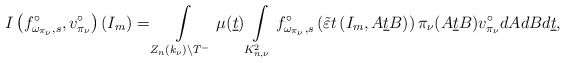
\begin{align*}I\left(f_{\omega_{\pi_\nu},s}^\circ,v^\circ_{\pi_{\nu}}\right)(I_m)=\int\limits _{Z_n(k_\nu)\backslash T^-}\mu(\underline{t}) \int\limits_{K_{n,\nu}^2}f_{\omega_{\pi_\nu},s}^\circ\left(\tilde{\varepsilon} t\left(I_m,A\underline{t}B\right)\right)\pi_{\nu}(A\underline{t}B)v^\circ_{\pi_{\nu}} dAdBd\underline{t},\end{align*}